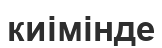
киімінде